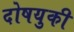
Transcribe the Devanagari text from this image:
दोषयुकी